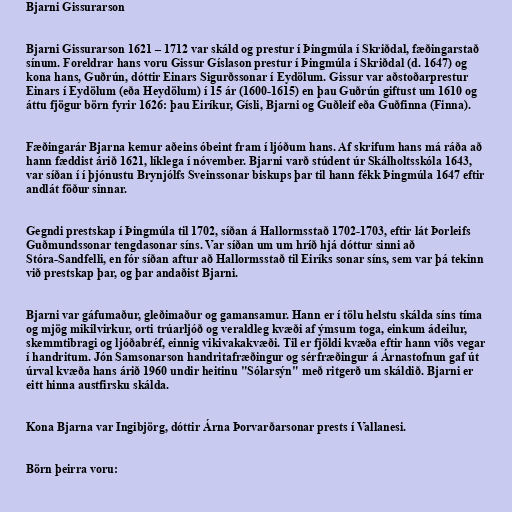
Bjarni Gissurarson

Bjarni Gissurarson 1621 – 1712 var skáld og prestur í Þingmúla í Skriðdal, fæðingarstað
sínum. Foreldrar hans voru Gissur Gíslason prestur í Þingmúla í Skriðdal (d. 1647) og
kona hans, Guðrún, dóttir Einars Sigurðssonar í Eydölum. Gissur var aðstoðarprestur
Einars í Eydölum (eða Heydölum) í 15 ár (1600-1615) en þau Guðrún giftust um 1610 og
áttu fjögur börn fyrir 1626: þau Eiríkur, Gísli, Bjarni og Guðleif eða Guðfinna (Finna).

Fæðingarár Bjarna kemur aðeins óbeint fram í ljóðum hans. Af skrifum hans má ráða að
hann fæddist árið 1621, líklega í nóvember. Bjarni varð stúdent úr Skálholtsskóla 1643,
var síðan í í þjónustu Brynjólfs Sveinssonar biskups þar til hann fékk Þingmúla 1647 eftir
andlát föður sinnar.

Gegndi prestskap í Þingmúla til 1702, síðan á Hallormsstað 1702-1703, eftir lát Þorleifs
Guðmundssonar tengdasonar síns. Var síðan um um hríð hjá dóttur sinni að
Stóra-Sandfelli, en fór síðan aftur að Hallormsstað til Eiríks sonar síns, sem var þá tekinn
við prestskap þar, og þar andaðist Bjarni.

Bjarni var gáfumaður, gleðimaður og gamansamur. Hann er í tölu helstu skálda síns tíma
og mjög mikilvirkur, orti trúarljóð og veraldleg kvæði af ýmsum toga, einkum ádeilur,
skemmtibragi og ljóðabréf, einnig vikivakakvæði. Til er fjöldi kvæða eftir hann víðs vegar
í handritum. Jón Samsonarson handritafræðingur og sérfræðingur á Árnastofnun gaf út
úrval kvæða hans árið 1960 undir heitinu "Sólarsýn" með ritgerð um skáldið. Bjarni er
eitt hinna austfirsku skálda.

Kona Bjarna var Ingibjörg, dóttir Árna Þorvarðarsonar prests í Vallanesi.

Börn þeirra voru: